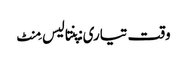
وقت تیاری: پنتالیس مِنٹ